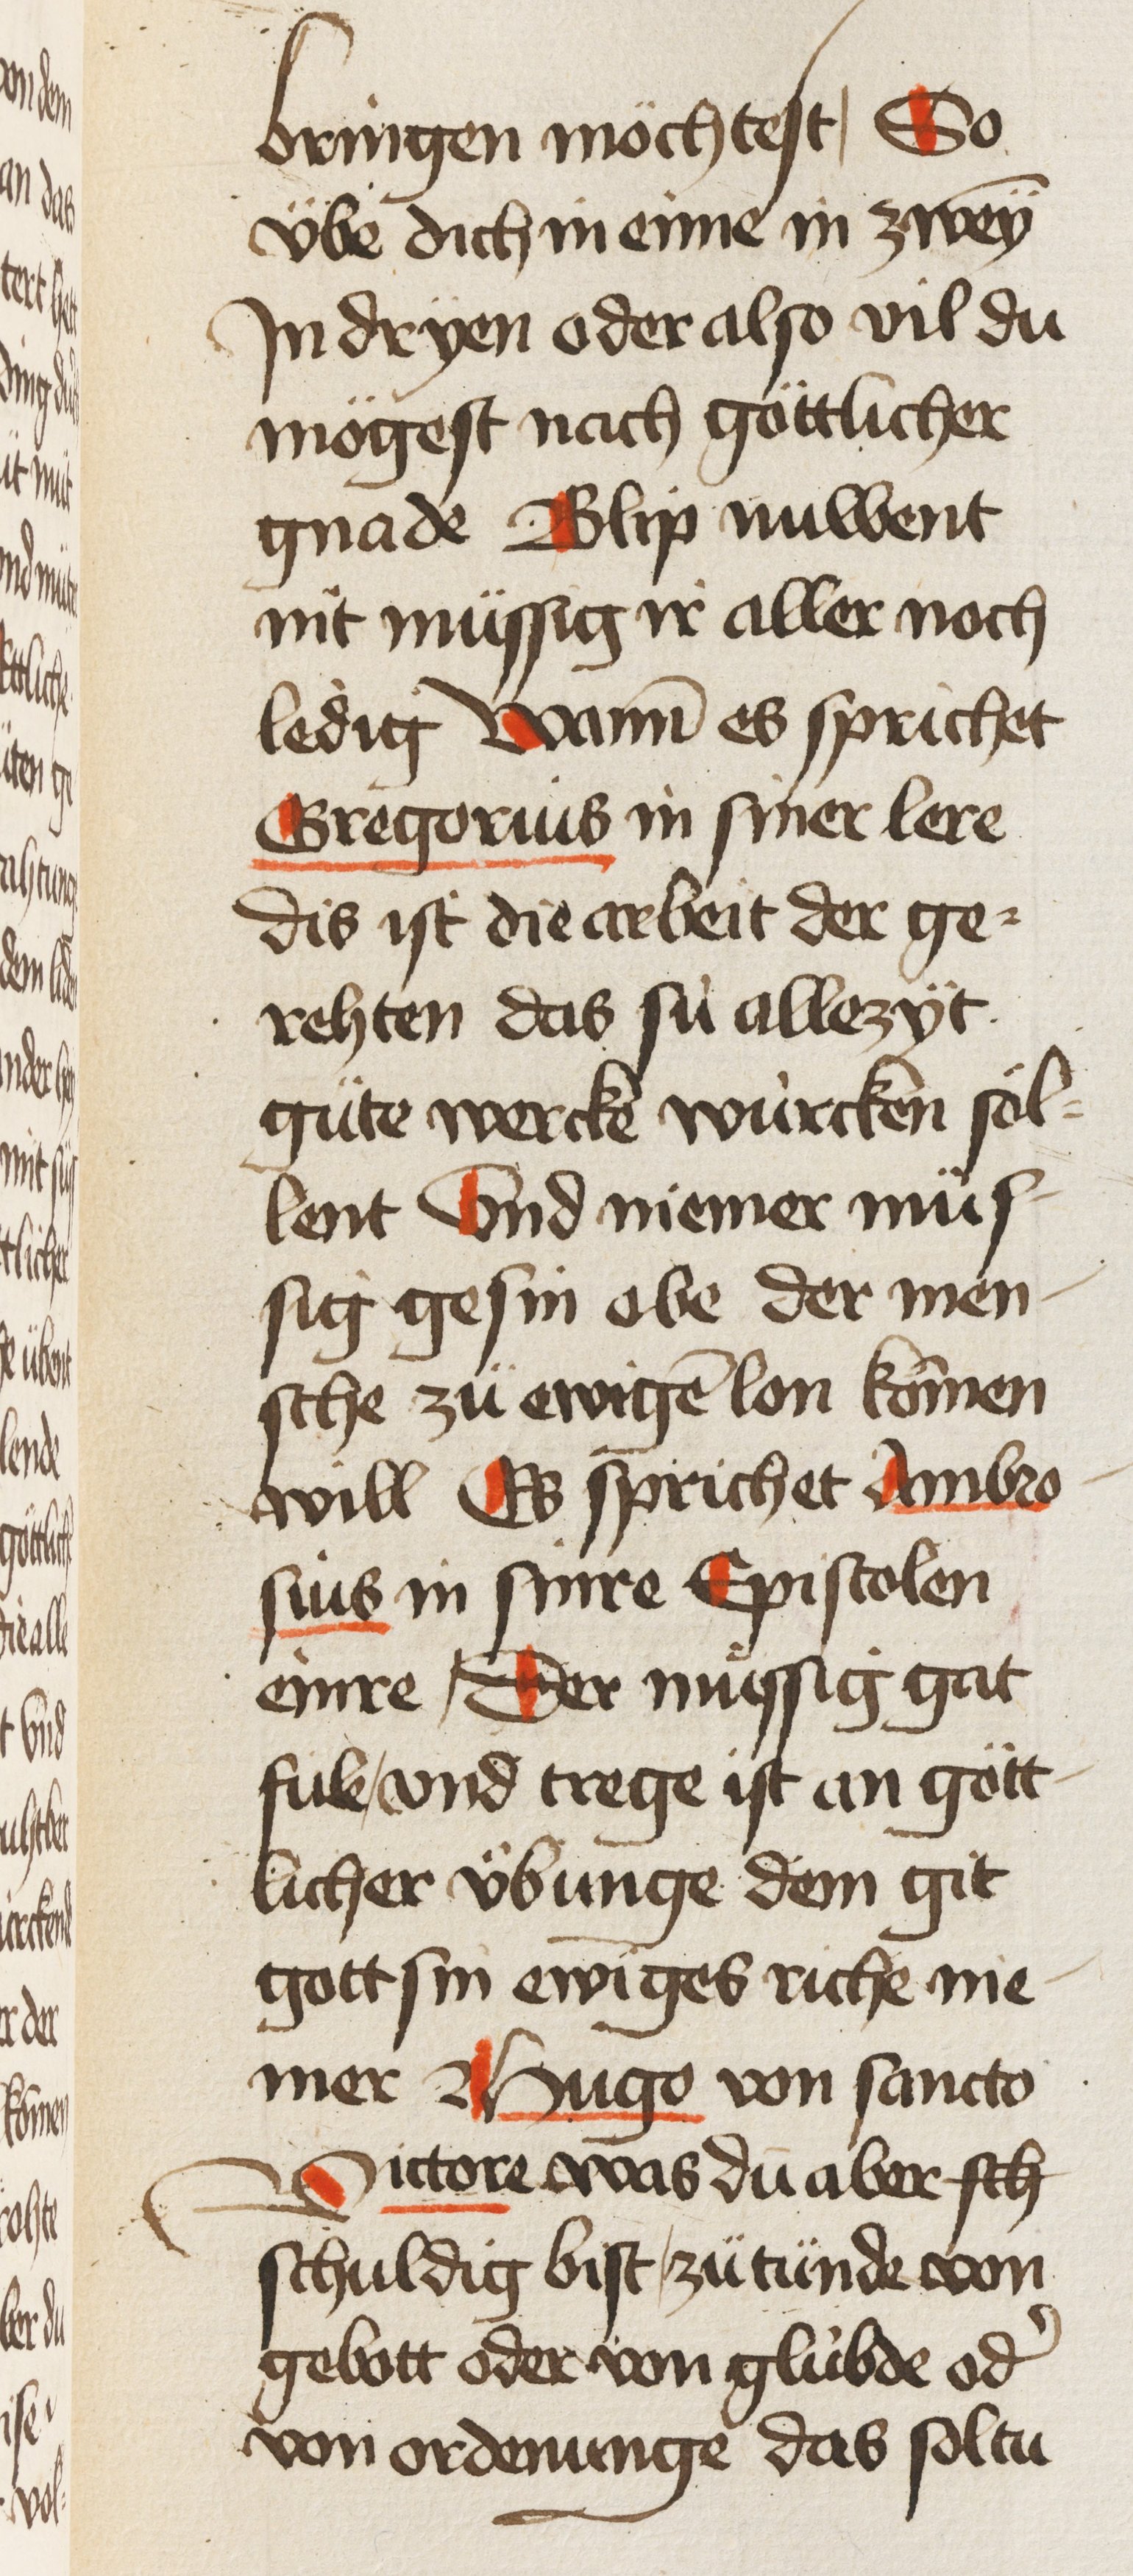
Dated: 1450–1499